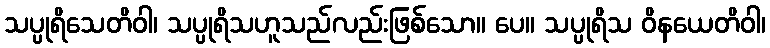
သပ္ပုရိသေတိဝါ၊ သပ္ပုရိသဟူသည်လည်းဖြစ်သော။ ပေ။ သပ္ပုရိသ ဝိနယေတိဝါ၊